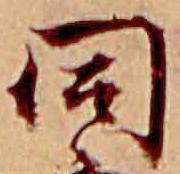
同